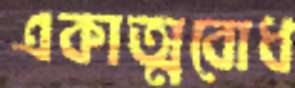
একাত্মবোধ